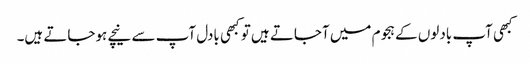
کبھی آپ بادلوں کے ہجوم میں آجاتے ہیں تو کبھی بادل آپ سے نیچے ہوجاتے ہیں۔